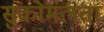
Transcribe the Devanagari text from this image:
सुकोमलता